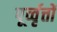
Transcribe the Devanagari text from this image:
पूर्व्वृत्तों